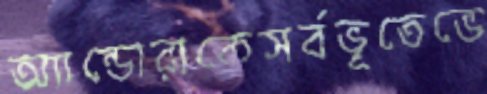
অ্যান্ডোরাকেসর্বভূতেভে